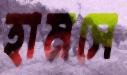
হামসে